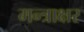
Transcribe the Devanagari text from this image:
मन्त्राक्षर